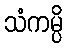
သံကမ္ပိ